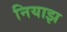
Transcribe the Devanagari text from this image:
नियाझ